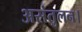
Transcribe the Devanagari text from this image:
असंतुलन।